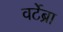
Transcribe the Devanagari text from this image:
वर्टेब्रा